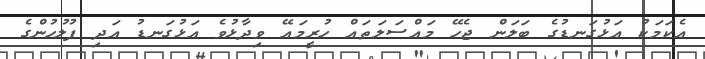
އެކަމަކު އަޅުގަނޑުގެ ބަލަން ޖެހޭ މައްސަލަތައް ހުރީމައޭ ވިދާޅުވެ އަޅުގަނޑު އަދި ފުލުހުންގެ